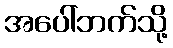
အပေါ်ဘက်သို့